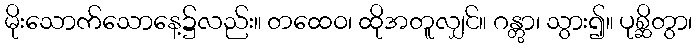
မိုးသောက်သောနေ့၌လည်း။ တထေဝ၊ ထိုအတူလျှင်။ ဂန္တွာ၊ သွား၍။ ပုစ္ဆိတွာ၊